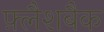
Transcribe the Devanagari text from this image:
फ़्लैशबैक